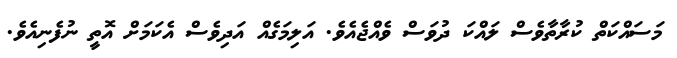
މަސައްކަތް ކުރާތާވެސް ލައްކަ ދުވަސް ވެއްޖެއެވެ. އަލިމަގެއް އަދިވެސް އެކަމަށް އޮތީ ނުފެނިއެވެ.